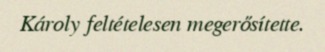
Károly feltételesen megerősítette.